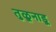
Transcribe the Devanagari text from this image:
तुळूनाडू